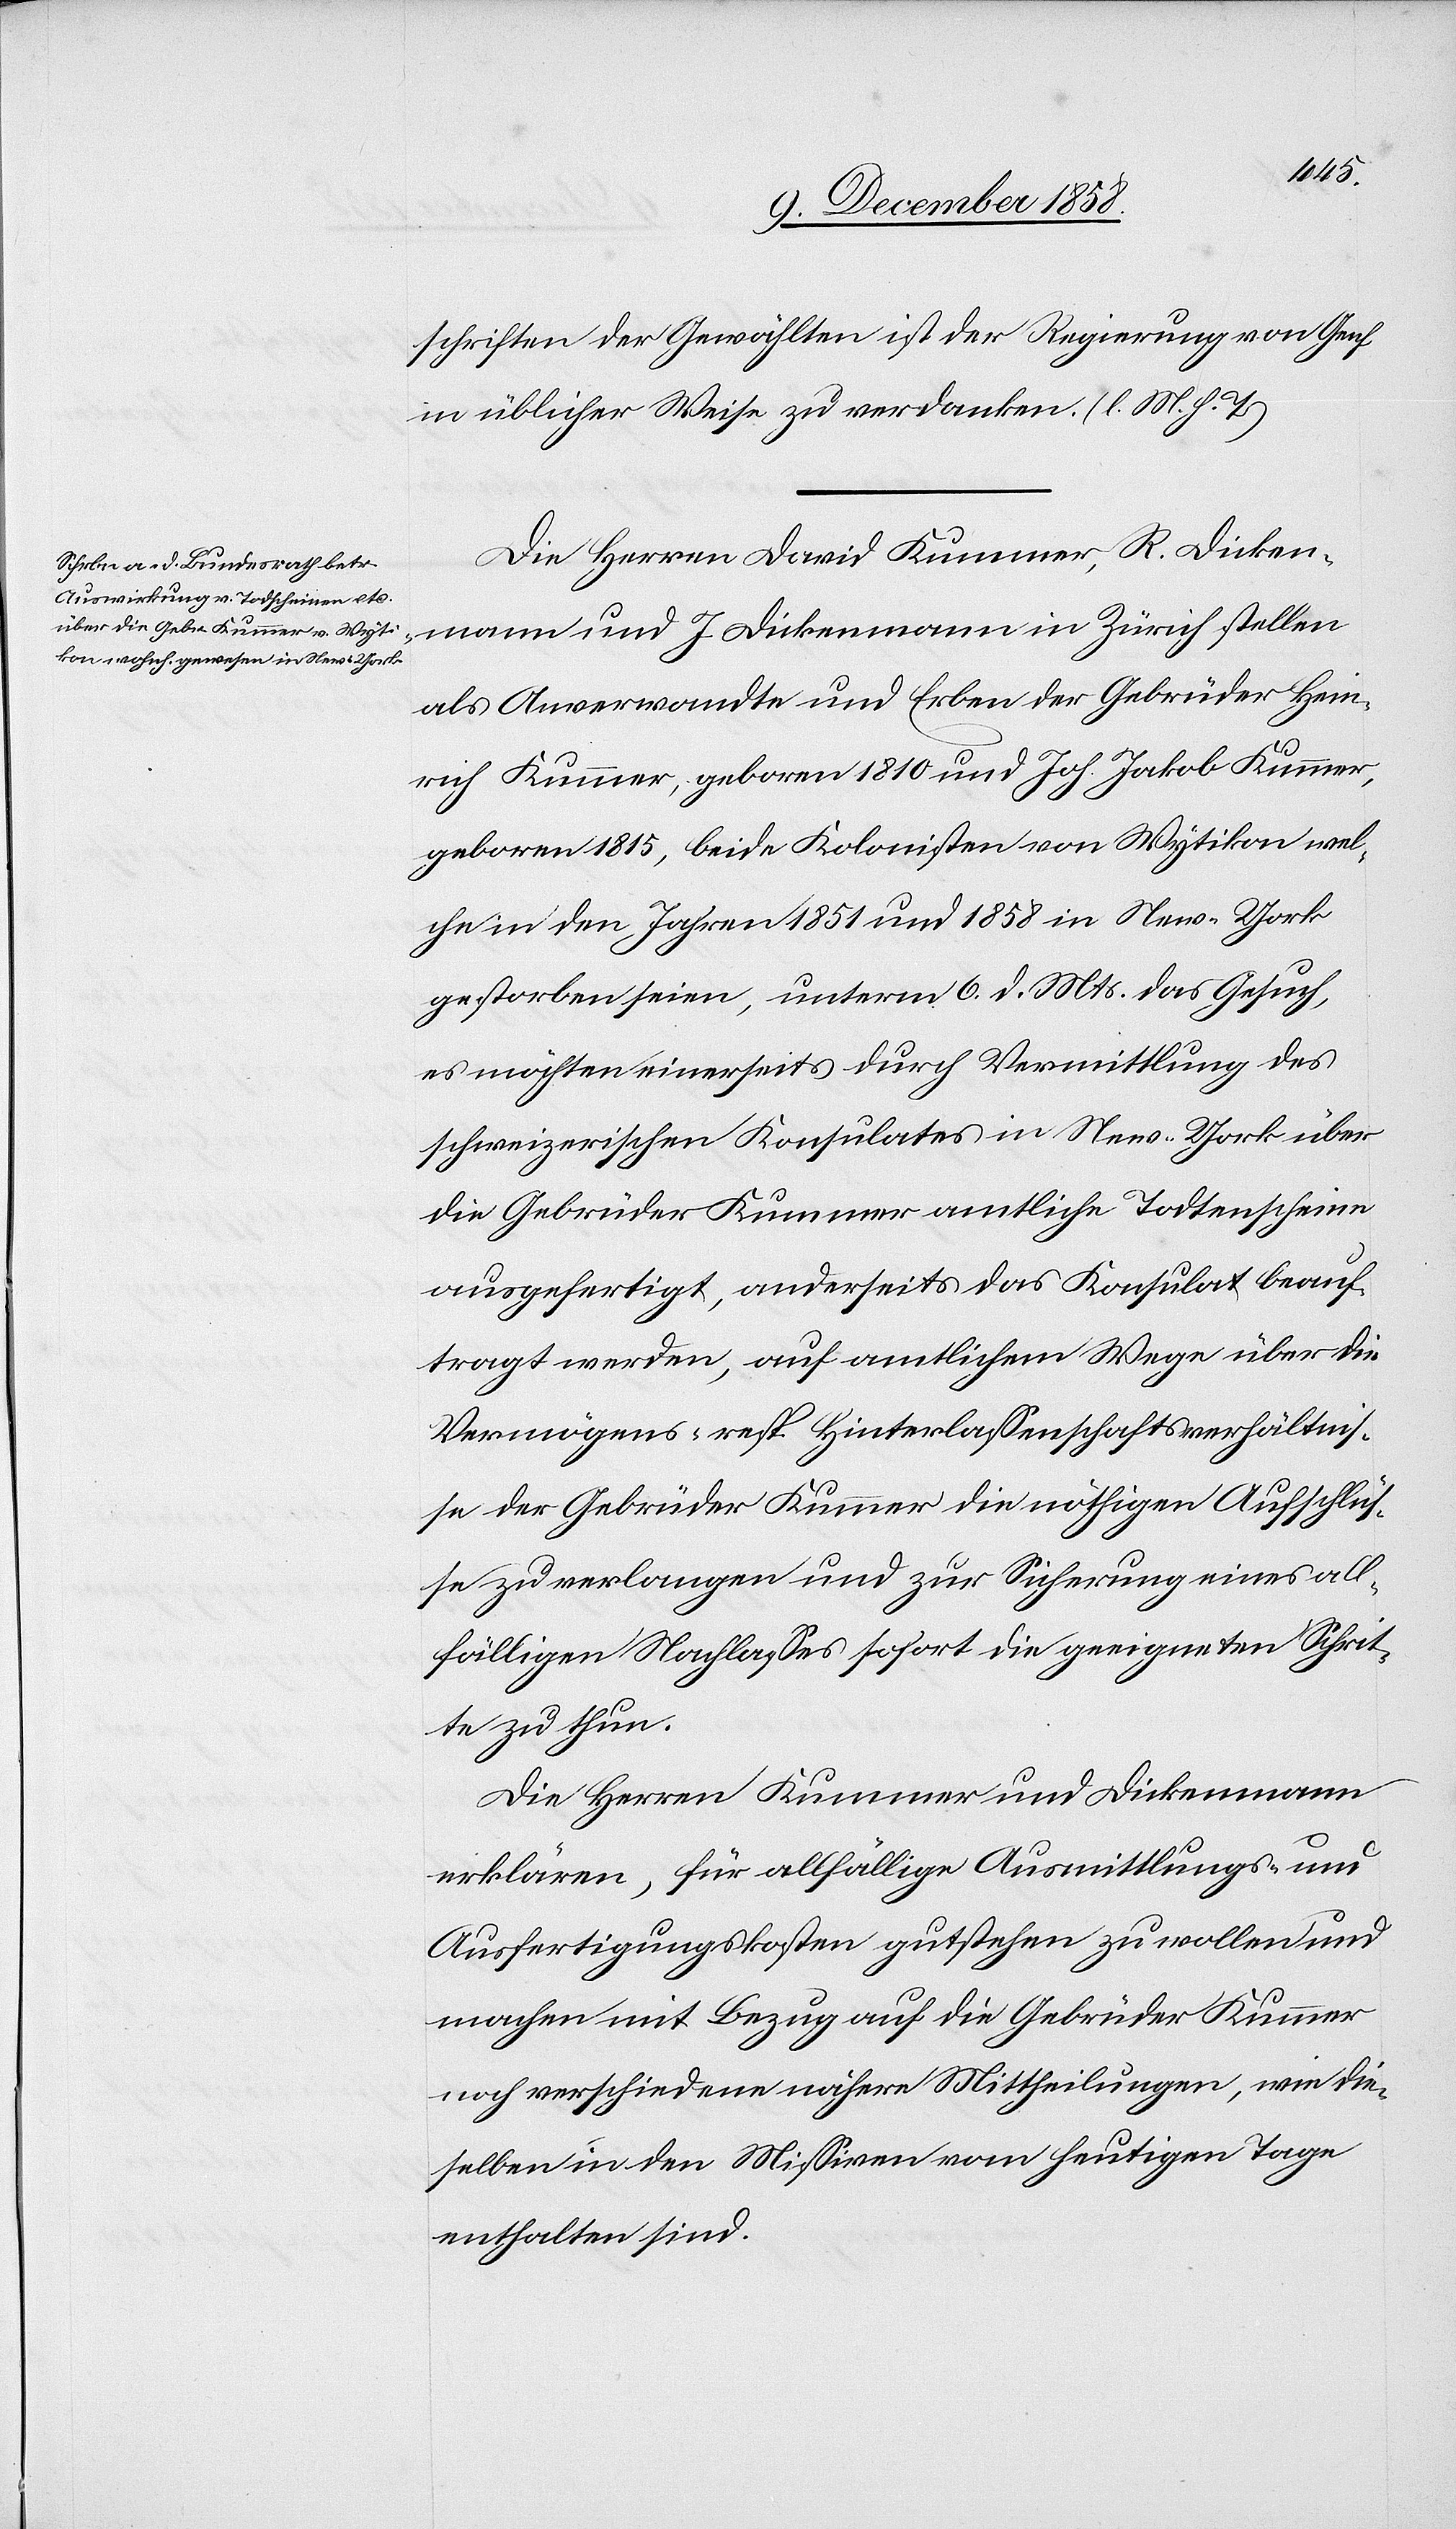
schriften der Gewählten ist der Regierung von Genf
in üblicher Weise zu verdanken. (l. M. h. T.)
Die Herren David Kummer, R. Dicken¬
mann und J. Dickenmann in Zürich stellen
als Anverwandte und Erben der Gebrüder Hein¬
rich Kummer, geboren 1810 und Joh. Jakob Kummer,
geboren 1815, beide Kolonisten von Wytikon wel¬
che in den Jahren 1851 und 1858 in New-York
gestorben seien, unterm 6. d. Mts. das Gesuch,
es möchten einerseits durch Vermittlung des
schweizerischen Konsulates in New-York über
die Gebrüder Kummer amtliche Todtenscheine
ausgefertigt, anderseits das Konsulat beauf¬
tragt werden, auf amtlichem Wege über die
Vermögens- resp. Hinterlassenschaftsverhältnis¬
se der Gebrüder Kummer die nöthigen Aufschlüs¬
se zu verlangen und zur Sicherung eines all¬
fälligen Nachlasses sofort die geeigneten Schrit¬
te zu thun.
Die Herren Kummer und Dickenmann
erklären, für allfällige Ausmittlungs- und
Ausfertigungskosten gutstehen zu wollen und
machen mit Bezug auf die Gebrüder Kummer
noch verschiedene nähere Mittheilungen, wie die¬
selben in den Missiven vom heutigen Tage
enthalten sind.